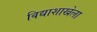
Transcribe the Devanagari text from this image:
विद्याशाखेला